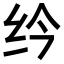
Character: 𫄛